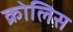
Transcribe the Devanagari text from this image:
क्रोलिस